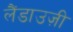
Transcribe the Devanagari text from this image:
लैंडाउज़ी